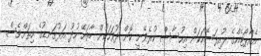
އެއާޕޯޓެއްގެ ލުއިފަސޭހަކަން އިހުސާސް ކުރެވޭނީ ކޮން ދުވަހަކުން ބާވައޭ ހުދު އަޅުގަނޑުގެ ހިތަށްވެސް